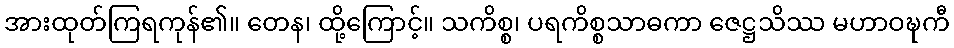
အားထုတ်ကြရကုန်၏။ တေန၊ ထို့ကြောင့်။ သကိစ္စ၊ ပရကိစ္စသာဓကာ ဇေဋ္ဌသိဿ မဟာဝဍ္ဎကီ